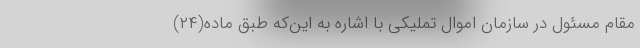
مقام مسئول در سازمان اموال تملیکی با اشاره به این‌که طبق ماده(۲۴)